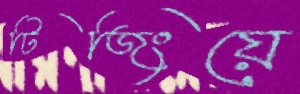
টিজিংয়ে